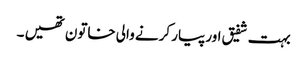
بہت شفیق اور پیار کرنے والی خاتون تھیں ۔